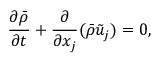
\frac { \partial \Bar { \rho } } { \partial t } + \frac { \partial } { \partial x _ { j } } ( \Bar { \rho } \Tilde { u } _ { j } ) = 0 ,